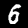
Label: 6